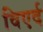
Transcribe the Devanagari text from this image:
विएर्द